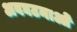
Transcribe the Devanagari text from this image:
अवघटनाओं